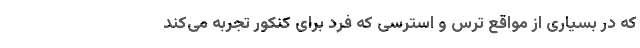
که در بسیاری از مواقع ترس و استرسی که فرد برای کنکور تجربه می‌کند